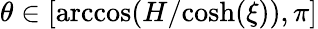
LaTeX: \theta\in[\mathrm{arccos}(H/\mathrm{cosh}(\xi)),\pi]